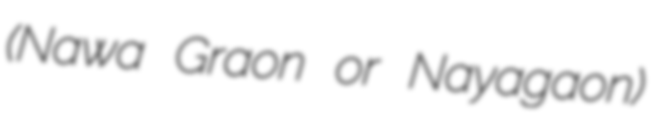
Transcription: (Nawa Graon or Nayagaon)